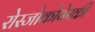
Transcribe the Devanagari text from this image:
रोस्‍जोकोवेस्‍की